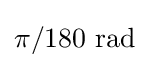
{\pi }/{180}{\text{ rad}}